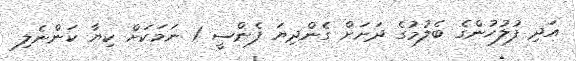
އަދި ފުލުހުންގެ ބެލުމުގެ ދަށަށް ގެންދިޔަ ފެންސީ 1 ނަމަކަށް ކިޔާ ކަންނެލި